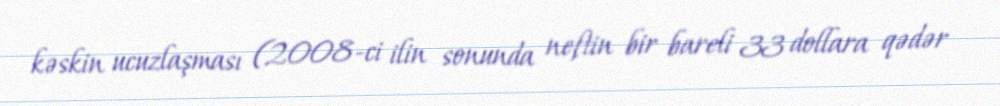
kəskin ucuzlaşması (2008-ci ilin sonunda neftin bir bareli 33 dollara qədər